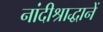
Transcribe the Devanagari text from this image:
नांदीश्राद्धानें